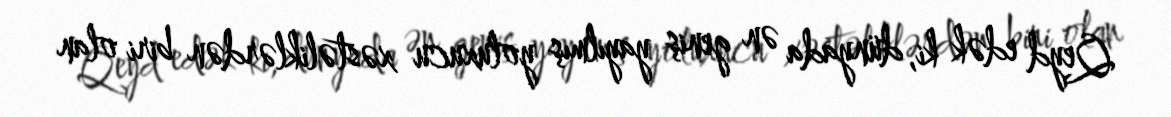
Qeyd edək ki, dünyada ən geniş yayılmış yoluxucu xəstəliklərdən biri olan